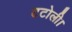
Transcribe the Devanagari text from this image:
टटोली।